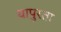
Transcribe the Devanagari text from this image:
यापुरता